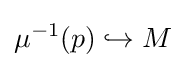
\mu ^{-1}(p)\hookrightarrow M